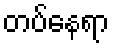
တပ်နေရာ